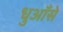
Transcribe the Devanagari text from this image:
धुआँसे